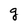
Character: g